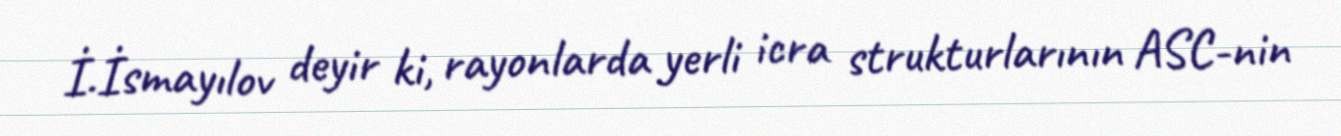
İ.İsmayılov deyir ki, rayonlarda yerli icra strukturlarının ASC-nin